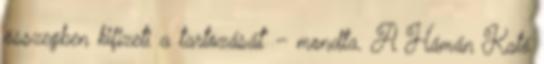
összegben kifizeti a tartozását” – mondta. A Hámán Kató